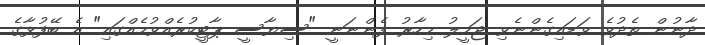
ދާނުން ތެދުވެ ވަޑައިގެންނެވި ޖަމީލު މިހާރު ފެންނަނީ "ސިޔާސީ ޕާޓީކުރެއްވުމެއްގައި" އެ ބޭފުޅާގެ